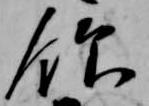
飲